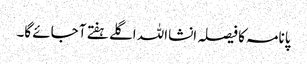
پانامہ کا فیصلہ انشااللہ اگلے ہفتے آ جائے گا۔